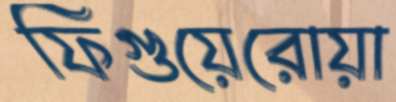
ফিগুয়েরোয়া